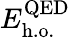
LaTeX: E_{\mathrm{h.o.}}^{\mathrm{QED}}